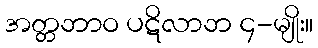
အတ္တဘာဝ ပဋိလာဘ ၄-မျိုး။